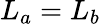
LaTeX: L_{a}=L_{b}